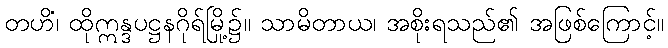
တဟိံ၊ ထိုဣန္ဒပဋ္ဌနဂိုရ်မြို့၌။ သာမိတာယ၊ အစိုးရသည်၏ အဖြစ်ကြောင့်။